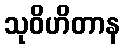
သုဝိဟိတာန